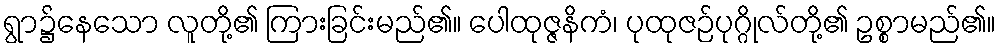
ရွာ၌နေသော လူတို့၏ ကြားခြင်းမည်၏။ ပေါထုဇ္ဇနိကံ၊ ပုထုဇဉ်ပုဂ္ဂိုလ်တို့၏ ဥစ္စာမည်၏။